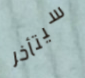
سيتأخر